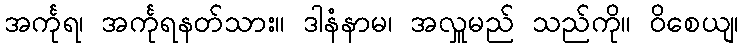
အင်္ကုရ၊ အင်္ကုရနတ်သား။ ဒါနံနာမ၊ အလှူမည် သည်ကို။ ဝိစေယျ၊